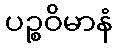
ပဉ္စဝိမာနံ